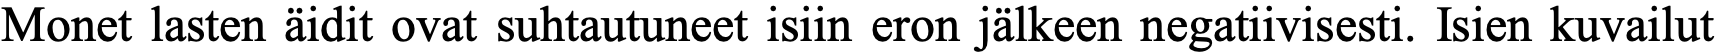
Monet lasten äidit ovat suhtautuneet isiin eron jälkeen negatiivisesti. Isien kuvailut